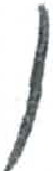
אות: ו